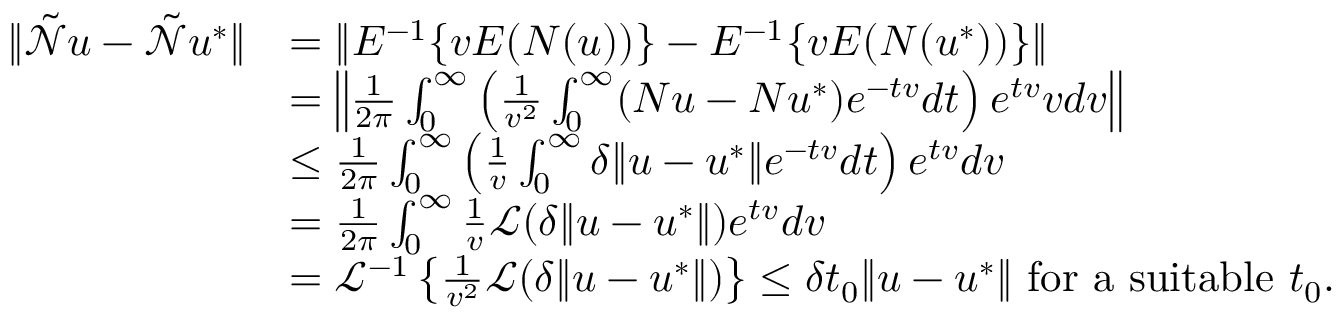
\begin{array} { r l } { \| \tilde { \mathcal { N } } u - \tilde { \mathcal { N } } u ^ { * } \| } & { = \| E ^ { - 1 } \{ v E ( N ( u ) ) \} - E ^ { - 1 } \{ v E ( N ( u ^ { * } ) ) \} \| } \\ & { = \left\| \frac { 1 } { 2 \pi } \int _ { 0 } ^ { \infty } \left( \frac { 1 } { v ^ { 2 } } \int _ { 0 } ^ { \infty } ( N u - N u ^ { * } ) e ^ { - t v } d t \right) e ^ { t v } v d v \right\| } \\ & { \leq \frac { 1 } { 2 \pi } \int _ { 0 } ^ { \infty } \left( \frac { 1 } { v } \int _ { 0 } ^ { \infty } \delta \| u - u ^ { * } \| e ^ { - t v } d t \right) e ^ { t v } d v } \\ & { = \frac { 1 } { 2 \pi } \int _ { 0 } ^ { \infty } \frac { 1 } { v } \mathcal { L } ( \delta \| u - u ^ { * } \| ) e ^ { t v } d v } \\ & { = \mathcal { L } ^ { - 1 } \left\{ \frac { 1 } { v ^ { 2 } } \mathcal { L } ( \delta \| u - u ^ { * } \| ) \right\} \leq \delta t _ { 0 } \| u - u ^ { * } \| \mathrm { ~ f o r ~ a ~ s u i t a b l e ~ } t _ { 0 } . } \end{array}